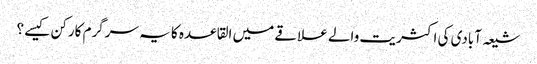
شیعہ آبادی کی اکثریت والے علاقے میں القاعدہ کا یہ سرگرم کارکن کیسے ؟